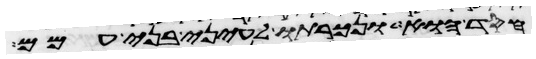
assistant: חסד הוא ונכרתו לעיני בני עמם